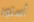
أستور